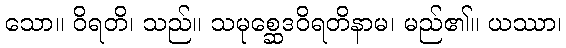
သော။ ဝိရတိ၊ သည်။ သမုစ္ဆေဒဝိရတိနာမ၊ မည်၏။ ယဿာ၊